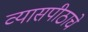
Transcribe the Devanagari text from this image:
व्यासपीठाचे